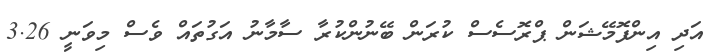
އަދި އިންފޮމޭޝަން ޕްރޮސެސް ކުރަން ބޭނުންކުރާ ސާމާނު އަގުތައް ވެސް މިވަނީ 3.26